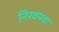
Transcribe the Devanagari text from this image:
निरवयवा